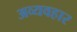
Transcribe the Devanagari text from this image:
अव्यवहार